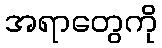
အရာတွေကို